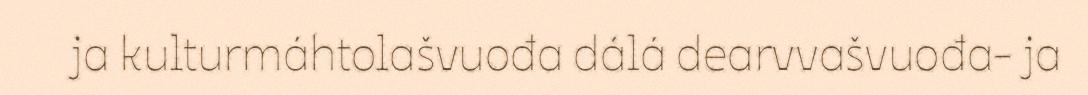
ja kulturmáhtolašvuođa dálá dearvvašvuođa- ja